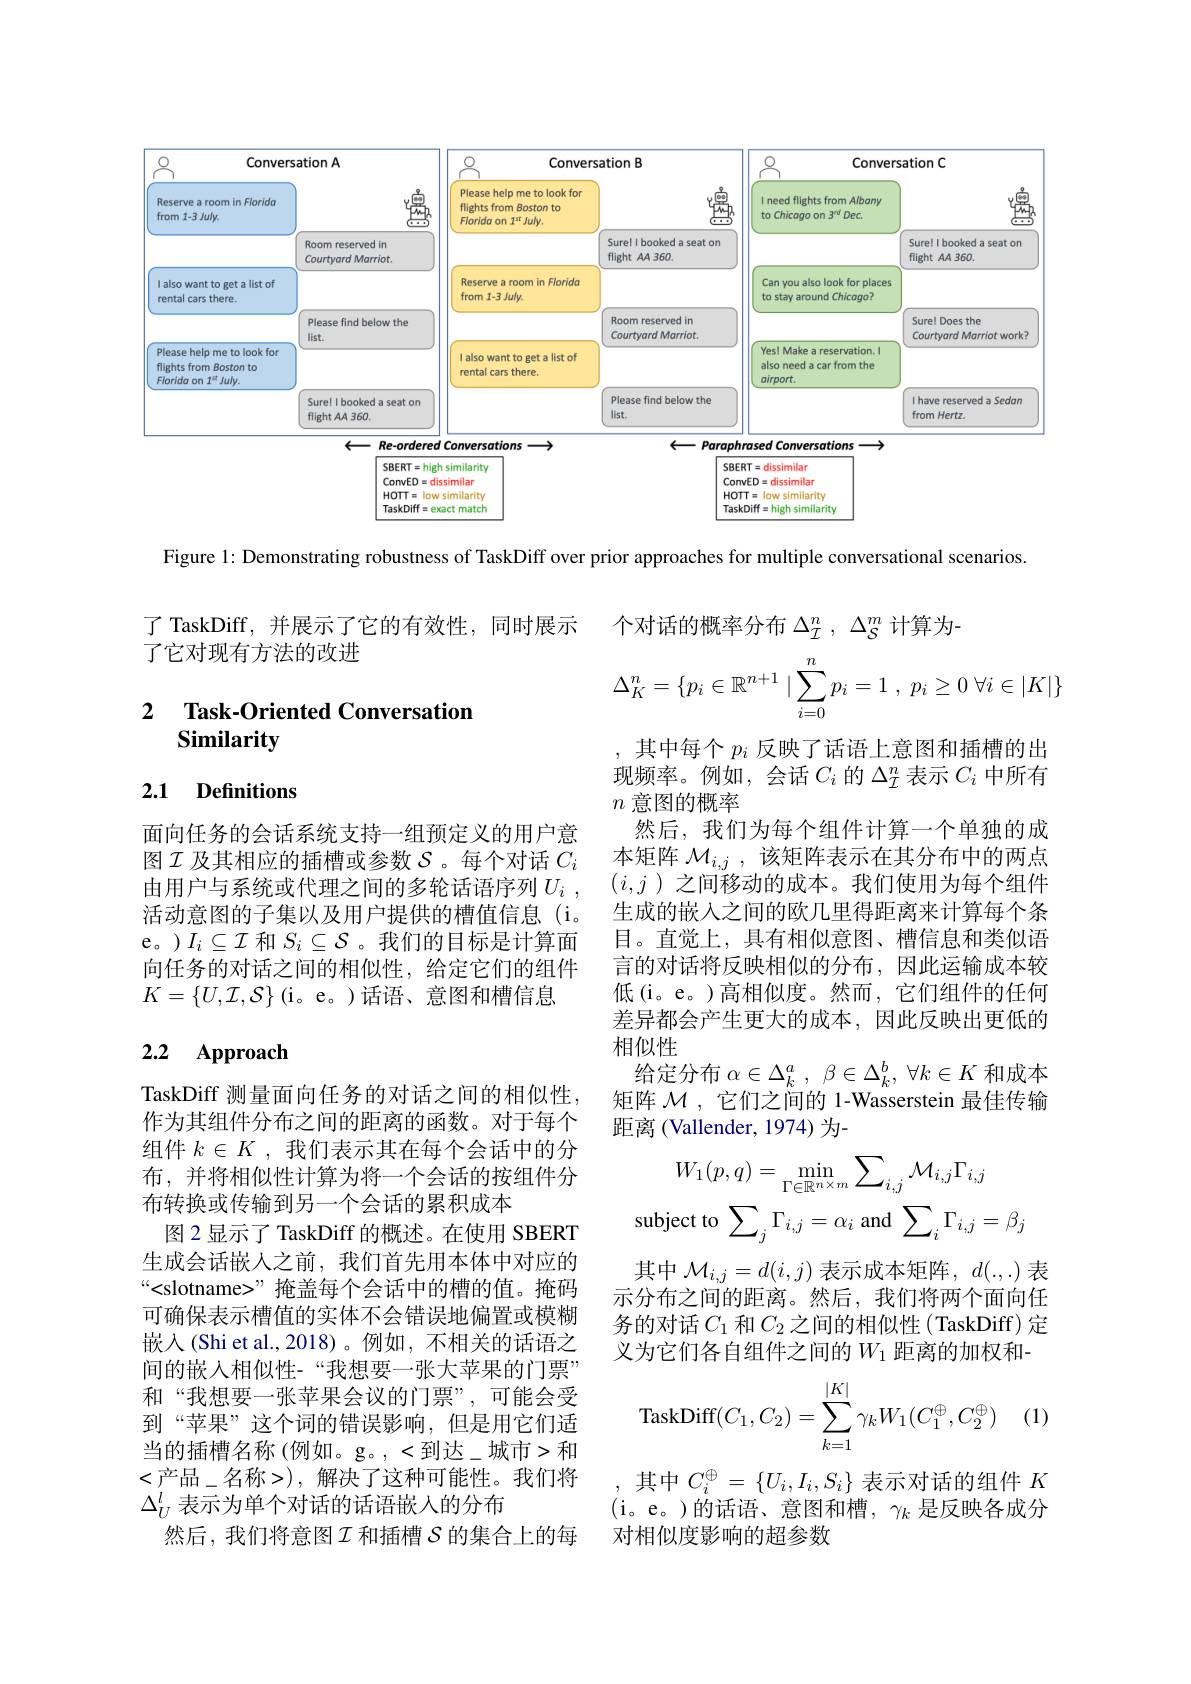
<FigureHere>

Figure 1: Demonstrating robustness of TaskDiff over prior approaches for multiple conversational scenarios

了 TaskDiff, 并展示了它的有效性，同时展示
了它对现有方法的改进
$$\Delta_K^n=\{p_i\in\mathbb{R}^{n+1}\mid\sum_{i=0}^np_i=1\:,\:p_i\geq0\:\forall i\in|K|\}$$
## 2 Task-Oriented Conversation Similarity

### 2.1 Definitions

个对话的概率分布$\Delta_I^n,\Delta_S^m$计算为-
,其中每个$p_i$反映了话语上意图和插槽的出现频率。例如，会话$C_i$的$\Delta_I^n$表示$C_i$中所有$n$意图的概率
然后，我们为每个组件计算一个单独的成本矩阵$\mathcal{M}_{i,j}$ ,该矩阵表示在其分布中的两点$(i,j$ )之间移动的成本。我们使用为每个组件生成的嵌入之间的欧几里得距离来计算每个条目。直觉上，具有相似意图、槽信息和类似语言的对话将反映相似的分布，因此运输成本较低(i。e。)高相似度。然而，它们组件的任何差异都会产生更大的成本，因此反映出更低的相似性
给定分布$\alpha \in \Delta _k^a$ , $\beta \in \Delta _k^b$, $\forall k\in K$和成本矩阵$\mathcal{M}$,它们之间的 1-Wasserstein 最佳传输距离(Vallender,1974)为-
$$W_1(p,q)=\min_{\Gamma\in\mathbb{R}^{n\times m}}\sum_{i,j}\mathcal{M}_{i,j}\Gamma_{i,j}$$
面向任务的会话系统支持一组预定义的用户意图$\mathcal{I}$及其相应的插槽或参数$\mathcal{S}$ 。每个对话$C_i$ 由用户与系统或代理之间的多轮话语序列$U_i$ , 活动意图的子集以及用户提供的槽值信息(i。e。)$I_i\subseteq\mathcal{I}$和$S_i\subseteq\mathcal{S}$ 。我们的目标是计算面向任务的对话之间的相似性，给定它们的组件$K=\{U,\mathcal{I},\mathcal{S}\}$(i。e。)话语、意图和槽信息

# 2.2 Approach

其中$\mathcal{M}_i,j=d(i,j)$表示成本矩阵，$d(.,.)$表示分布之间的距离。然后，我们将两个面向任务的对话$C_1$ 和$C_2$之间的相似性(TaskDiff)定义为它们各自组件之间的$W_{1}$距离的加权和-

TaskDiff 测量面向任务的对话之间的相似性， 作为其组件分布之间的距离的函数。对于每个组件$k\in K$ ,我们表示其在每个会话中的分布，并将相似性计算为将一个会话的按组件分布转换或传输到另一个会话的累积成本
图 2 显示了 TaskDiff 的概述。在使用 SBERT 生成会话嵌人之前，我们首先用本体中对应的“<slotname>” 掩盖每个会话中的槽的值。掩码可确保表示槽值的实体不会错误地偏置或模糊嵌入(Shi et al., 2018)。例如，不相关的话语之间的嵌入相似性-“我想要一张大苹果的门票” 和“我想要一张苹果会议的门票”,可能会受到“苹果”这个词的错误影响，但是用它们适当的插槽名称(例如。g。,<到达_城市>和<产品\_名称>),解决了这种可能性。我们将$\Delta_U^l$表示为单个对话的话语嵌入的分布
然后，我们将意图$I$和插槽$\mathcal{S}$的集合上的每
$$\text{TaskDiff}(C_1,C_2)=\sum_{k=1}^{|K|}\gamma_kW_1(C_1^\oplus,C_2^\oplus)$$
其中$C_i^\oplus=\{U_i,I_i,S_i\}$表示对话的组件$K$ (i。e。)的话语、意图和槽$,\gamma_k$ 是反映各成分对相似度影响的超参数